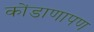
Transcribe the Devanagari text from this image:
कोंडाणापण